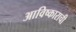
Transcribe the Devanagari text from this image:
आविष्काराची